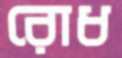
রোধ